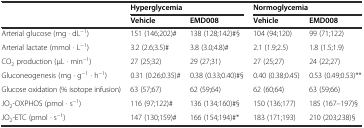
<table><thead><tr><td rowspan="2"></td><td colspan="2"><b>Hyperglycemia</b></td><td colspan="2"><b>Normoglycemia</b></td></tr><tr><td><b>Vehicle</b></td><td><b>EMD008</b></td><td><b>Vehicle</b></td><td><b>EMD008</b></td></tr></thead><tbody><tr><td>Arterial glucose (mg · dL<sup>-1</sup>)</td><td>151 (146;202)#</td><td>138 (128;142)#§</td><td>104 (94;120)</td><td>99 (71;122)</td></tr><tr><td>Arterial lactate (mmol · L<sup>-1</sup>)</td><td>3.2 (2.6;3.5)#</td><td>3.8 (3.0;4.8)#</td><td>2.1 (1.9;2.5)</td><td>1.8 (1.5;1.9)</td></tr><tr><td>CO<sub>2</sub> production (μL · min<sup>-1</sup>)</td><td>27 (25;32)</td><td>29 (27;31)</td><td>27 (25;27)</td><td>24 (22;27)</td></tr><tr><td>Gluconeogenesis (mg · g<sup>-1</sup> · h<sup>-1</sup>)</td><td>0.31 (0.26;0.35)#</td><td>0.38 (0.33;0.40)#§</td><td>0.40 (0.38;0.45)</td><td>0.53 (0.49;0.53)**</td></tr><tr><td>Glucose oxidation (% isotope infusion)</td><td>63 (57;67)</td><td>62 (59;64)</td><td>62 (60;64)</td><td>63 (59;66)</td></tr><tr><td>JO<sub>2</sub>-OXPHOS (pmol · s<sup>-1</sup>)</td><td>116 (97;122)#</td><td>136 (134;160)#§</td><td>150 (136;177)</td><td>185 (167–197)§</td></tr><tr><td>JO<sub>2</sub>-ETC (pmol · s<sup>-1</sup>)</td><td>147 (130;159)#</td><td>166 (154;194)#*</td><td>183 (171;193)</td><td>210 (203;238)§</td></tr></tbody></table>